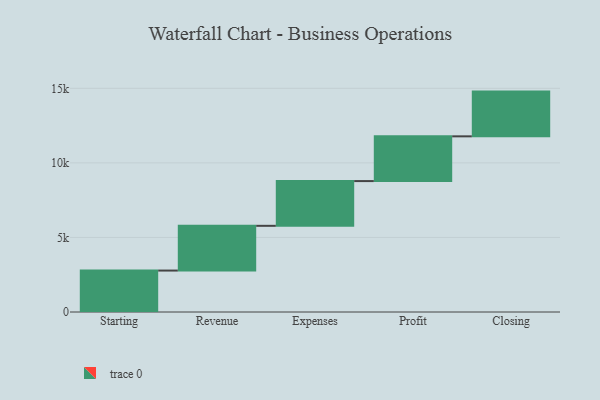
{"axis": {"x": "Step", "y": "Value"}, "legend": [""], "data": [{"x": "Starting", "y": 2779.0, "type": ""}, {"x": "Revenue", "y": 3000, "type": ""}, {"x": "Expenses", "y": 3000, "type": ""}, {"x": "Profit", "y": 3000, "type": ""}, {"x": "Closing", "y": 3000, "type": ""}]}